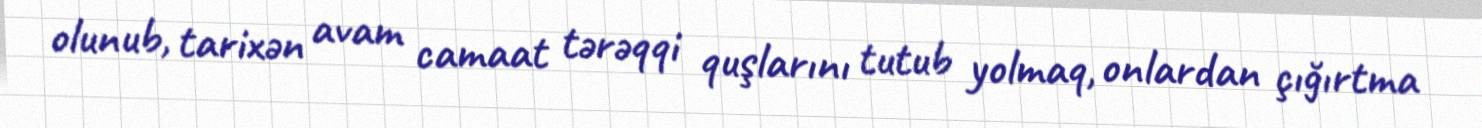
olunub, tarixən avam camaat tərəqqi quşlarını tutub yolmaq, onlardan çığırtma